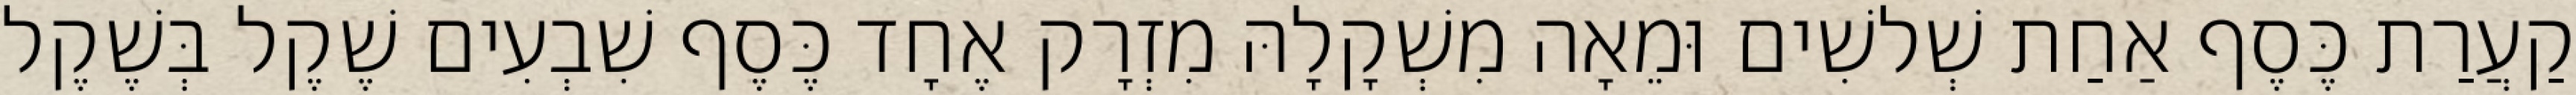
קַעֲרַת כֶּסֶף אַחַת שְׁלשִׁים וּמֵאָה מִשְׁקָלָהּ מִזְרָק אֶחָד כֶּסֶף שִׁבְעִים שֶׁקֶל בְּשֶׁקֶל